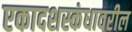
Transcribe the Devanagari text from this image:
एकादशस्कंधावरील